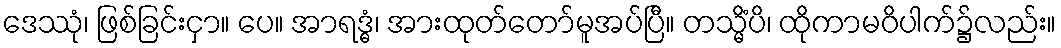
ဒေဿုံ၊ ဖြစ်ခြင်းငှာ။ ပေ။ အာရဒ္ဓံ၊ အားထုတ်တော်မူအပ်ပြီ။ တသ္မိံပိ၊ ထိုကာမဝိပါက်၌လည်း။